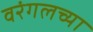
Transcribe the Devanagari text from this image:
वरंगलच्या